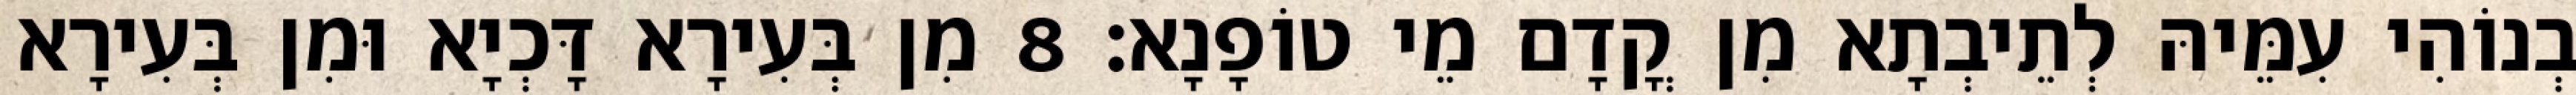
בְנוֹהִי עִמֵּיהּ לְתֵיבְתָא מִן קֳדָם מֵי טוֹפָנָא׃ 8 מִן בְּעִירָא דָּכְיָא וּמִן בְּעִירָא